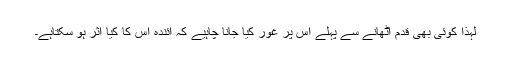
لہٰذا کوئی بھی قدم اٹھانے سے پہلے اس پر غور کیا جانا چاہیے کہ آئندہ اس کا کیا اثر ہو سکتاہے۔